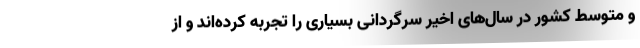
و متوسط کشور در سال‌های اخیر سرگردانی بسیاری را تجربه کرده‌اند و از